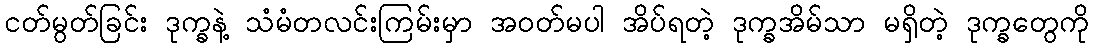
ငတ်မွတ်ခြင်း ဒုက္ခနဲ့ သံမံတလင်းကြမ်းမှာ အဝတ်မပါ အိပ်ရတဲ့ ဒုက္ခအိမ်သာ မရှိတဲ့ ဒုက္ခတွေကို